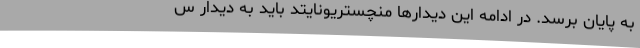
به پایان برسد. در ادامه این دیدارها منچستریونایتد باید به دیدار س